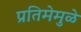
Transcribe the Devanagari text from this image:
प्रतिमेमुळे